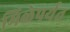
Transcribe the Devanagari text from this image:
मिळेपर्यत